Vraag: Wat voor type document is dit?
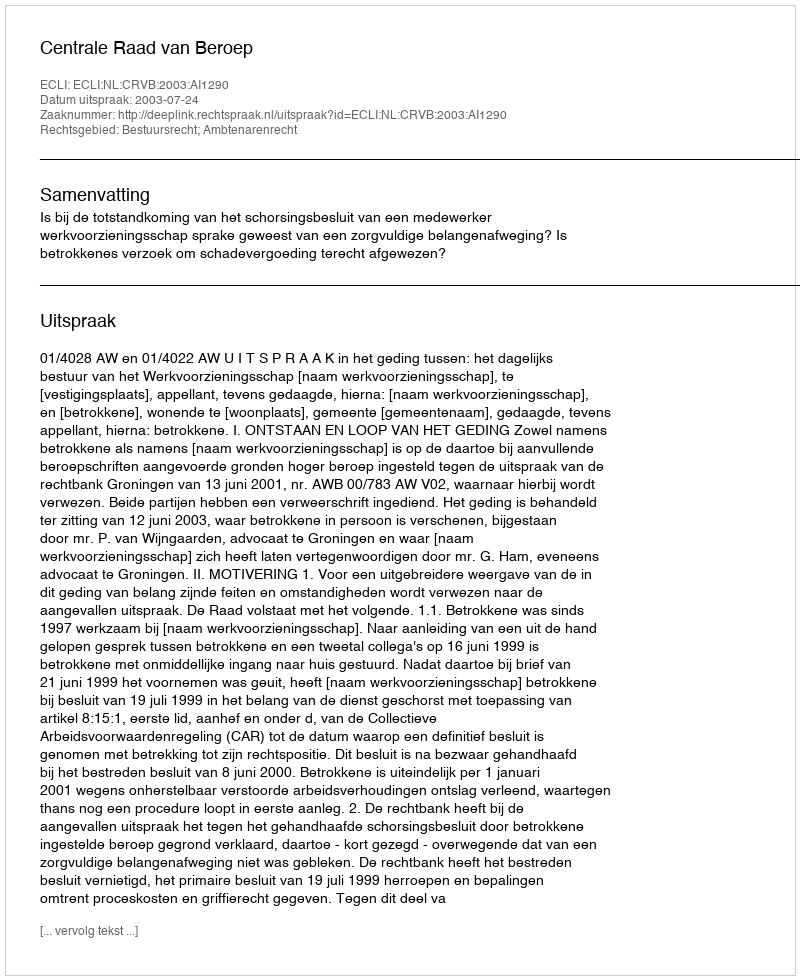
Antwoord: Uitspraak